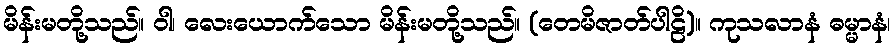
မိန်းမတို့သည်။ ဝါ၊ လေးယောက်သော မိန်းမတို့သည်။ (တေမိဇာတ်ပါဠိ)။ ကုသလာနံ ဓမ္မာနံ၊